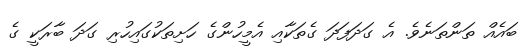
ބައެއް ތަންތަނެވެ. އެ ގަދަފަދަ ގެތަކާއި އެމީހުންގެ ހަށިތަކުގައިހުރި ގަދަ ބާރަކީ ގެ